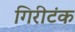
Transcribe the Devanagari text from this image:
गिरीटंक